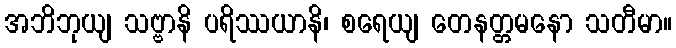
အဘိဘုယျ သဗ္ဗာနိ ပရိဿယာနိ၊ စရေယျ တေနတ္တမနော သတီမာ။